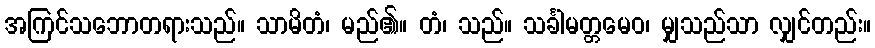
အကြင်သဘောတရားသည်။ သာမိတံ၊ မည်၏။ တံ၊ သည်။ သင်္ခါမတ္တမေဝ၊ မျှသည်သာ လျှင်တည်း။